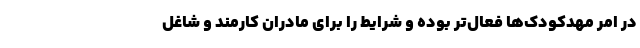
در امر مهدکودک‌ها فعال‌تر بوده و شرایط را برای مادران کارمند و شاغل